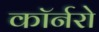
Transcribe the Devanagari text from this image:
कॉर्नरो